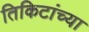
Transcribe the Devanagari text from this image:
तिकिटांच्या